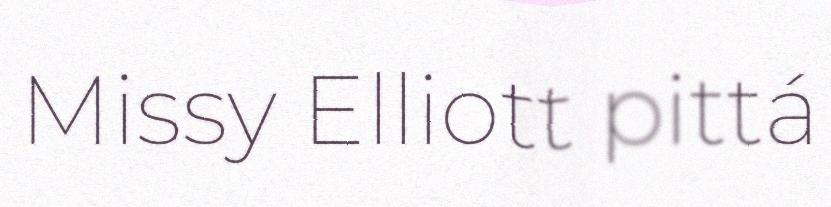
Missy Elliott pittá